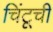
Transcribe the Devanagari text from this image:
चिंटूची